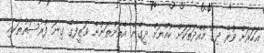
އަހަރަށް ވުރެ ދިގު މުއްދަތަކަށް ކުއްޔަށް ދީގެން އެތަންތަނުން ވަޒީފާގެ ގިނަ ފުރުސަތުތަކާއި